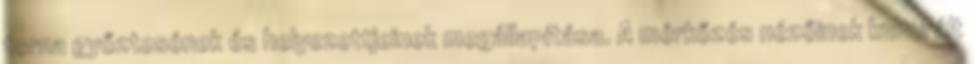
torna győztesének és helyezettjeinek megállapítása. A mérkőzés nézőinek kulturált